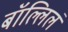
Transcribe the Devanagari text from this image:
बॉल्लिलं